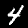
Digit: 4